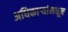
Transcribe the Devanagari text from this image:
अधिकाऱ्यांमधून